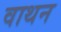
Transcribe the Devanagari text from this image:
वाथन